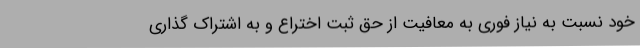
خود نسبت به نیاز فوری به معافیت از حق ثبت اختراع و به اشتراک گذاری